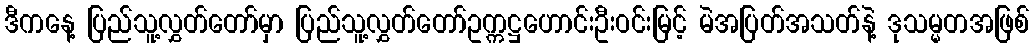
ဒီကနေ့ ပြည်သူ့လွှတ်တော်မှာ ပြည်သူ့လွှတ်တော်ဥက္ကဋ္ဌဟောင်းဦးဝင်းမြင့် မဲအပြတ်အသတ်နဲ့ ဒုသမ္မတအဖြစ်